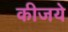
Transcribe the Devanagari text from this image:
कीजये